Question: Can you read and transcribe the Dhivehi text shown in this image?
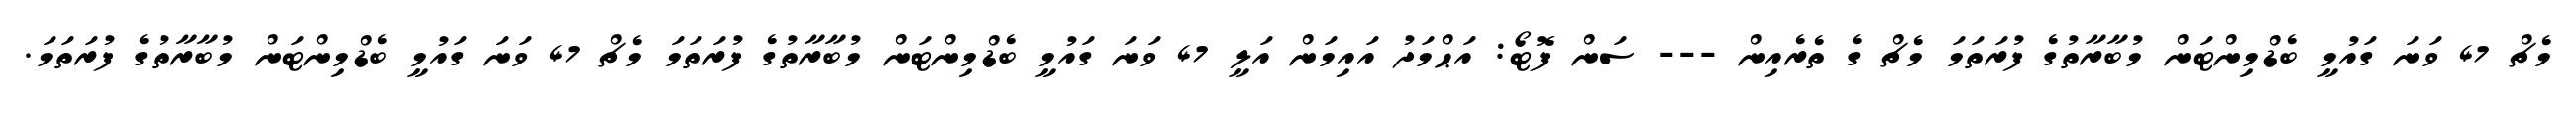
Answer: މެޗް 47 ވަނަ ގައުމީ ބެޑްމިންޓަން މުބާރާތުގެ ފުރަތަމަ މެޗް ގެ ތެރެއިން --- ސަން ފޮޓޯ: އަޙްމަދު އައިމަން އަލީ 47 ވަނަ ގައުމީ ބެޑްމިންޓަން މުބާރާތުގެ ފުރަތަމަ މެޗް 47 ވަނަ ގައުމީ ބެޑްމިންޓަން މުބާރާތުގެ ފުރަތަމަ.